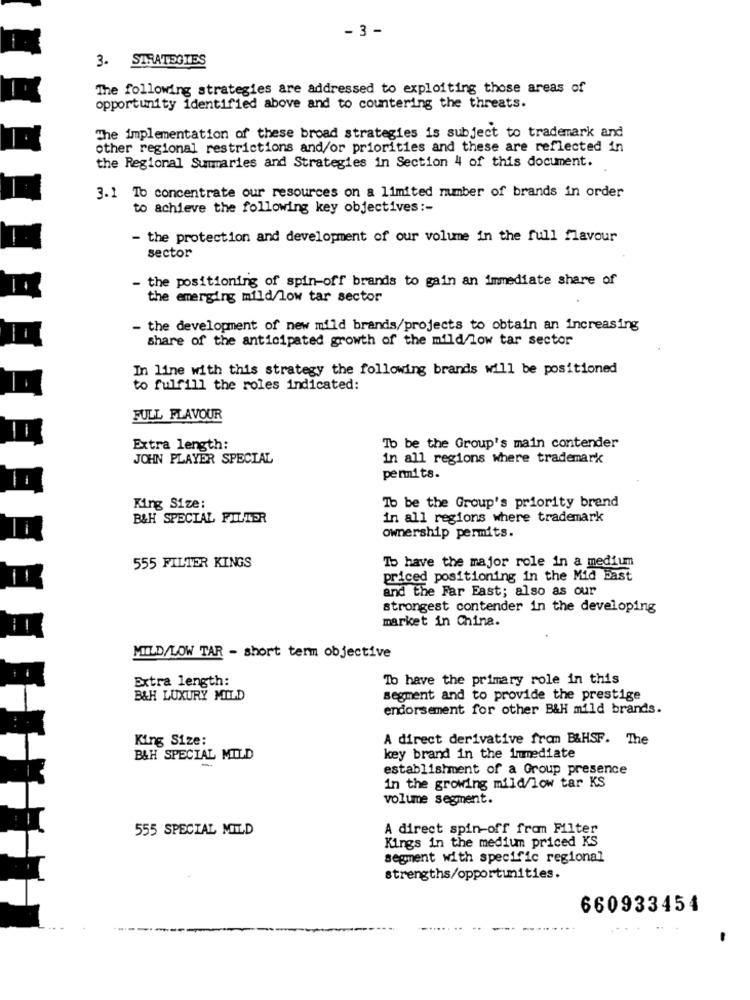
- 3 -
3. STRATEGIES
The following strategies are addressed to exploiting those areas of
opportunity identified above and to countering the threats.
The implementation of these broad strategies is subject to trademark and
other regional restrictions and/or priorities and these are reflected in
the Regional Summaries and Strategies in Section 4 of this document.
3.1 To concentrate our resources on a limited number of brands in order
to achieve the following key objectives :-
- the protection and development of our volume in the full flavour
sector
the positioning of spin-off brands to gain an immediate share of
-
the emerging mild/low tar sector
- the development of new mild brands/projects to obtain an increasing
share of the anticipated growth of the mild/low tar sector
In line with this strategy the following brands will be positioned
to fulfill the roles indicated:
FULL FLAVOUR
--
Extra length:
To be the Group's main contender
JOHN PLAYER SPECIAL
in all regions where trademark
permits.
King Size:
To be the Group's priority brend
B&H SPECIAL FILTER
in all regions where trademark
i
ownership permits.
555 FILTER KINGS
To have the major role in a medium
priced positioning in the Mid bast
and the Far East; also as our
strongest contender in the developing
market in China.
--
-
MILD/LOW TAR - short term objective
Extra length:
To have the primary role in this
B&H LUXURY MILD
segment and to provide the prestige
endorsement for other B&H mild brands.
King Size:
A direct derivative from B&HSF. The
B&H SPECIAL MILD
key brand in the immediate
establishment of a Group presence
in the growing mild/low tar KS
volume segment.
555 SPECIAL MILLD
A direct spin-off from Filter
Kings in the medium priced KS
segment with specific regional
strengths/opportunities.
660933454